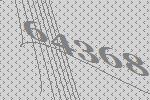
64368